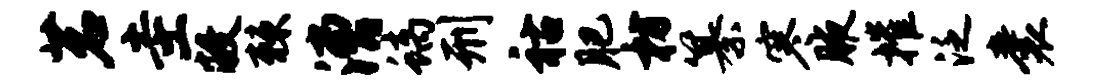
茗圭敝棘漕螭刑祜肥枋纂寒腋摧泛囊